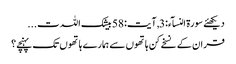
دیکھئے سورۃ النسآء:3 , آیت:58 بیشک اللہ ت...
قران کے نسخے کن ہاتھوں سے ہمارے ہاتھوں تک پہنچے؟